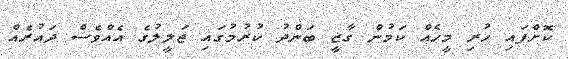
ކޮށްފައި ހުރި މީހެއް ކަމުން ގާޒީ ބަންދު ކުރުމުގައި ޖަލީލުގެ އެއްވެސް ދައުރެއް